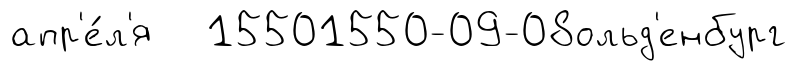
апр'е́л'я 15501550-09-08ольд'енбург